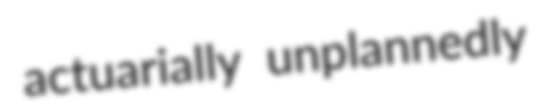
actuarially unplannedly